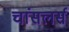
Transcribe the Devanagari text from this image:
चांसलर्स